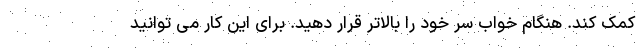
کمک کند. هنگام خواب سر خود را بالاتر قرار دهید. برای این کار می توانید